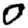
Digit: 0